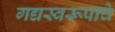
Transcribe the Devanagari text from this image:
गद्यस्वरूपाचे